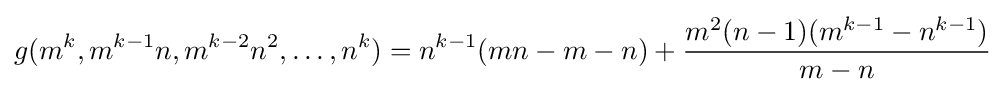
g(m^{k},m^{k-1}n,m^{k-2}n^{2},\dots ,n^{k})=n^{k-1}(mn-m-n)+{\frac {m^{2}(n-1)(m^{k-1}-n^{k-1})}{m-n}}